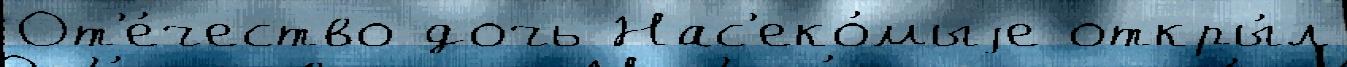
От'е́чество дочь Нас'еко́мыjе откры́л